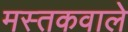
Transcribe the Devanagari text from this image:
मस्तकवाले